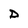
Character: D